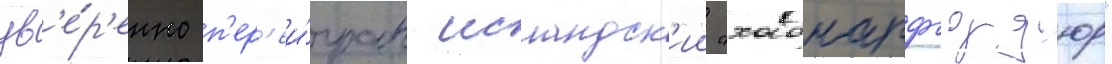
ув'е́р'енно п'ер'еи́гран исландск'ии "хабнарфьорд'юр"